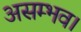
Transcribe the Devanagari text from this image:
असम्भव।